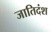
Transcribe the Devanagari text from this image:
जातिदंश